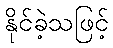
နိုင်ခဲ့သဖြင့်